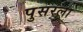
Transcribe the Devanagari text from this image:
पुसरला